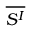
\overline { { S ^ { I } } }